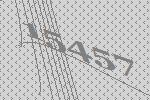
15457